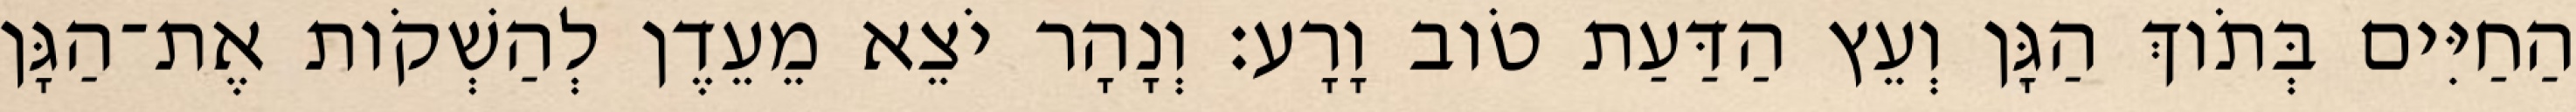
הַחַיִּים בְּתֹוךְ הַגָּן וְעֵץ הַדַּעַת טֹוב וָרָע׃ וְנָהָר יֹצֵא מֵעֵדֶן לְהַשְׁקֹות אֶת־הַגָּן